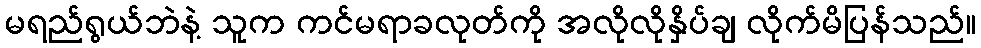
မရည်ရွယ်ဘဲနဲ့ သူက ကင်မရာခလုတ်ကို အလိုလိုနှိပ်ချ လိုက်မိပြန်သည်။